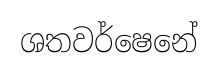
ශතවර්ෂෙනේ